Lunatic asylums Central Provinces reports 1895-1909 - 1895-1909
Year: 1895
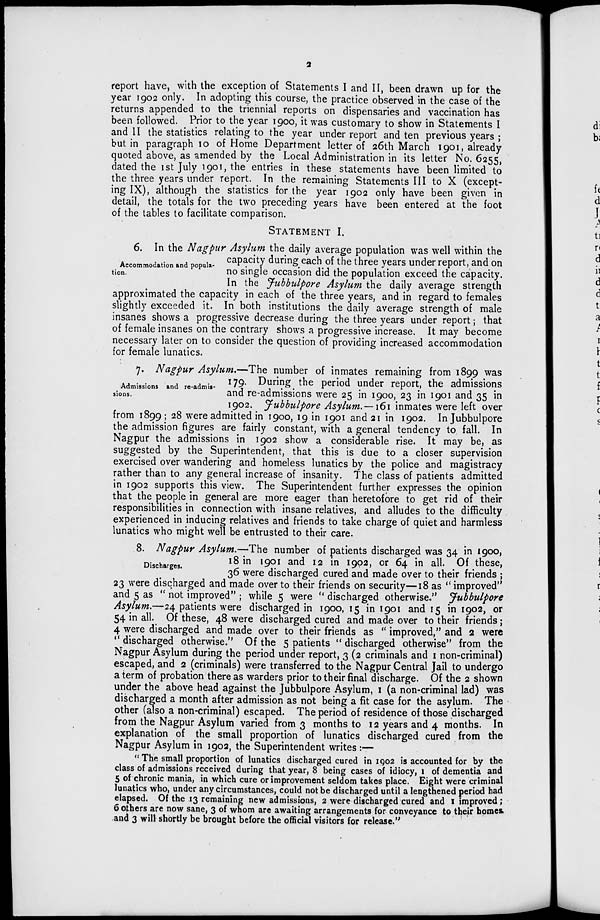
2
report have, with the exception of Statements I and II, been drawn up for the
year 1902 only. In adopting this course, the practice observed in the case of the
returns appended to the triennial reports on dispensaries and vaccination has
been followed. Prior to the year 1900, it was customary to show in Statements I
and 11 the statistics relating to the year under report and ten previous years ;
but in paragraph 10 of Home Department letter of 26th March 1901, already
quoted above, as amended by the Local Administration in its letter No. 6255,
dated the 1st July 1901, the entries in these statements have been limited to
the three years under report. In the remaining Statements III to X (except-
ing IX), although the statistics for the year 1902 only have been given in
detail, the totals for the two preceding years have been entered at the foot
of the tables to facilitate comparison.
STATEMENT I.
Accommodation and popula-
tion.
6. In the Nagpur Asylum the daily average population was well within the
capacity during each of the three years under report, and on
no single occasion did the population exceed the capacity
In the Jubbulpore Asylum the daily average strength
approximated the capacity in each of the three years, and in regard to females
slightly exceeded it. In both institutions the daily average strength of male
insanes shows a progressive decrease during the three years under report; that
of female insanes on the contrary shows a progressive increase. It may become
necessary later on to consider the question of providing increased accommodation
for female lunatics.
Admissions and re-admis-
sions.
7. Nagpur Asylum.—The number of inmates remaining from 1899 was
179. During the period under report, the admissions
and re-admissions were 25 in 1900, 23 in 1901 and 35 in
1902. Jubbulpore Asylum. —161 inmates were left over
from 1899 ; 28 were admitted in 1900, 19 in 1901 and 21 in 1902. In Jubbulpore
the admission figures are fairly constant, with a general tendency to fall. In
Nagpur the admissions in 1902 show a considerable rise. It may be, as
suggested by the Superintendent, that this is due to a closer supervision
exercised over wandering and homeless lunatics by the police and magistracy
rather than to any general increase of insanity. The class of patients admitted
in 1902 supports this view. The Superintendent further expresses the opinion
that the people in general are more eager than heretofore to get rid of their
responsibilities in connection with insane relatives, and alludes to the difficulty
experienced in inducing relatives and friends to take charge of quiet and harmless
lunatics who might well be entrusted to their care.
Discharges.
8. Nagpur Asylum.—The number of patients discharged was 34 in 1900,
18 in 1901 and 12 in 1902, or 64 in all. Of these,
36 were discharged cured and made over to their friends ;
23 were discharged and made over to their friends on security—18 as "improved"
and 5 as " not improved" ; while 5 were " discharged otherwise." Jubbulpore
Asylum.—24 patients were discharged in 1900, 15 in 1901 and 15 in 1902, or
54 in all. Of these, 48 were discharged cured and made over to their friends;
4 were discharged and made over to their friends as " improved," and 2 were
"discharged otherwise." Of the 5 patients " discharged otherwise" from the
Nagpur Asylum during the period under report, 3 (2 criminals and 1 non-criminal)
escaped, and 2 (criminals) were transferred to the Nagpur Central Jail to undergo
a term of probation there as warders prior to their final discharge. Of the 2 shown
under the above head against the Jubbulpore Asylum, 1 (a non-criminal lad) was
discharged a month after admission as not being a fit case for the asylum. The
other (also a non-criminal) escaped. The period of residence of those discharged
from the Nagpur Asylum varied from 3 months to 12 years and 4 months. In
explanation of the small proportion of lunatics discharged cured from the
Nagpur Asylum in 1902, the Superintendent writes :—
" The small proportion of lunatics discharged cured in 1902 is accounted for by the
class of admissions received during that year, 8 being cases of idiocy, 1 of dementia and
5 of chronic mania, in which cure or improvement seldom takes place. Eight were criminal
lunatics who, under any circumstances, could not be discharged until a lengthened period had
elapsed. Of the 13 remaining new admissions, 2 were discharged cured and 1 improved;
6 others are now sane, 3 of whom are awaiting arrangements for conveyance to their homes
and 3 will shortly be brought before the official visitors for release."